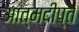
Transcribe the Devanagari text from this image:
आत्मदीप्त